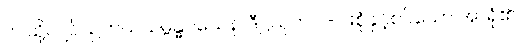
ဤသို့လျှင်။ ဥဘယသမ္ဗန္ဓဝသေန၊ ဒီဋ္ဌသုတ ၂-ပါးစုံနှင့်စပ်သော အာရုံ၏